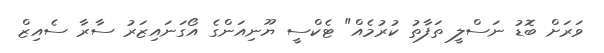
ވަރަށް ބޮޑު ނަސްލީ ތަފާތު ކުރުމެއް" ޓެކްސީ ޔޫނިއަންގެ އޯގަނައިޒަރު ސާރާ ސެއިޒް